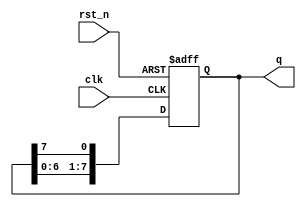
`timescale 1ns / 1ps
//////////////////////////////////////////////////////////////////////////////////
// Company: 
// Engineer: 
// 
// Design Name: 
// Module Name: sr
// Project Name: 
// Target Devices: 
// Tool Versions: 
// Description: 
// 
// Dependencies: 
// 
// Revision:
// Revision 0.01 - File Created
// Additional Comments:
// 
//////////////////////////////////////////////////////////////////////////////////


module shift_reg(q,clk,rst_n);
output [7:0] q; // output
input clk; // global clock
input rst_n; // active low reset
reg [7:0] q; // output
integer i;

// Sequential logics: Flip flops
always @(posedge clk or negedge rst_n)
    if (~rst_n) 
    begin
    q<=8'b01010101;
    end 
    else
        begin
        q[0]<=q[7];
        for(i=1;i<8;i=i+1)
        q[i]<=q[i-1];
end
endmodule